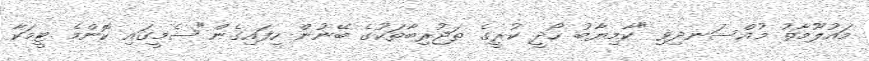
މައުލޫމާތު މުއްސަނދިވި "ކާމިޔާބު ހޯދީ ކުރީގެ ތަޖުރިބާތަކުގެ ބޭނުން ހިފައިގެން"ސެމީގައި ކޮންމެ ޓީމަކާ